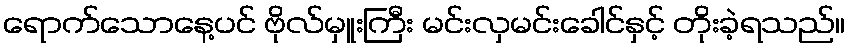
ရောက်သောနေ့ပင် ဗိုလ်မှူးကြီး မင်းလှမင်းခေါင်နှင့် တိုးခဲ့ရသည်။